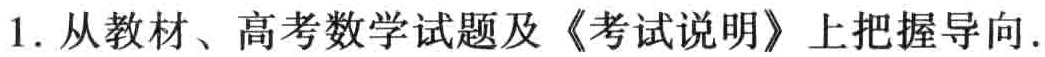
1. 从教材、高考数学试题及《考试说明》上把握导向.